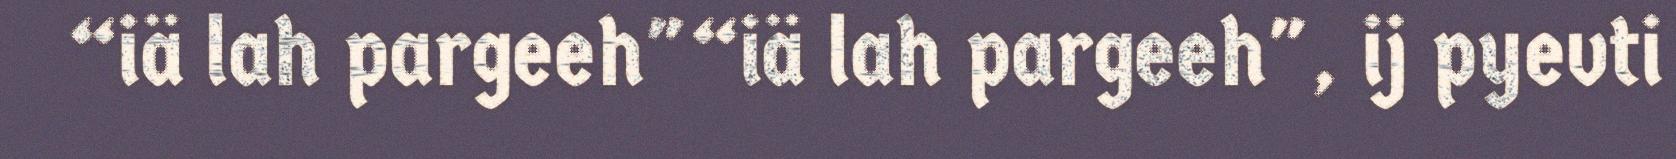
“iä lah pargeeh"“iä lah pargeeh", ij pyevti